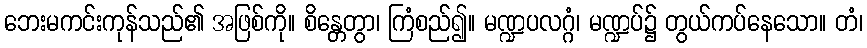
ဘေးမကင်းကုန်သည်၏ အဖြစ်ကို။ စိန္တေတွာ၊ ကြံစည်၍။ မဏ္ဍပလဂ္ဂံ၊ မဏ္ဍပ်၌ တွယ်ကပ်နေသော။ တံ၊